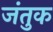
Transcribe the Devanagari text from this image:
जंतुक